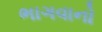
ભાગવાનો